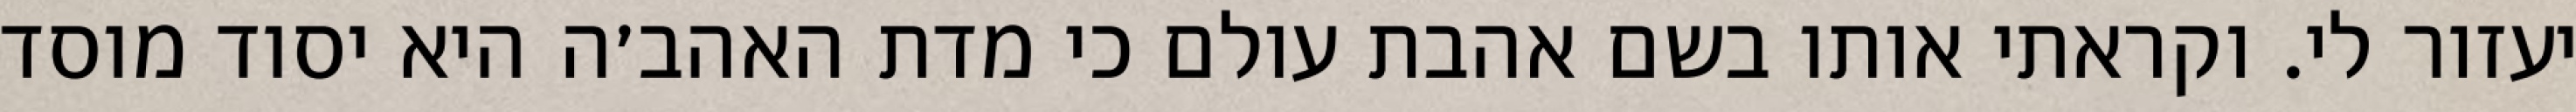
יעזור לי. וקראתי אותו בשם אהבת עולם כי מדת האהב׳ה היא יסוד מוסד